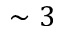
\sim 3